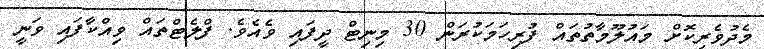
މެދުވެރިކޮށް މައުލޫމާތުތައް ފުރިހަމަކުރަން 30 މިނިޓް ދީފައި ވެއެވެ. ފްލެޓްތައް ވިއްކާފައި ވަނީ